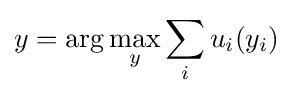
y=\arg \max _{y}\sum _{i}u_{i}(y_{i})